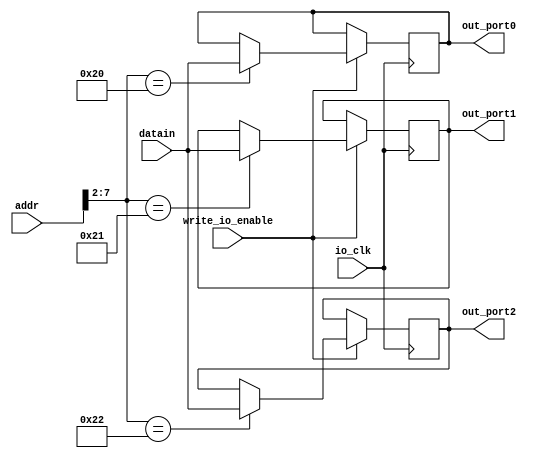
module io_output(addr, datain, write_io_enable, io_clk,
				out_port0, out_port1, out_port2 );
	input 	[31:0] 	addr,datain;
	input 			write_io_enable, io_clk;
	// in labdoc, there is a clrn 
	output 	[31:0]	out_port0,out_port1,out_port2;
	
	// output port
	reg 	[31:0]	out_port0;
	reg		[31:0]	out_port1;
	reg		[31:0]	out_port2;
	
	always @ (posedge io_clk)
	begin
		if (write_io_enable == 1)
			case (addr[7:2])
				6'b100000: out_port0 = datain; // 0x80
				6'b100001: out_port1 = datain; // 0x84
				6'b100010: out_port2 = datain;
			endcase
	end
endmodule